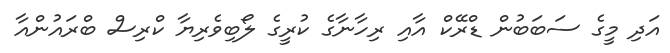
އަދި މީގެ ސަބަބުން ޑްރޭކް އާއި ރިހާނާގެ ކުރީގެ ލޯބިވެރިޔާ ކްރިސް ބްރައުންއާ